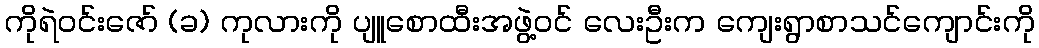
ကိုရဲဝင်းဇော် (ခ) ကုလားကို ပျူစောထီးအဖွဲ့ဝင် လေးဦးက ကျေးရွာစာသင်ကျောင်းကို